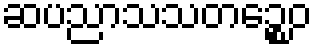
ဆပညာသသတဉ္စေဝ